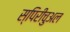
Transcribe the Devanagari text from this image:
स्पिरीचुअल